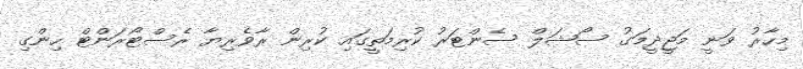
މިހާރު ވަނީ މަޖީދީމަގު ސޯޝަލް ސެންޓަރު ކުރިމަތީގައި ކުރިން ރާވެރިޔާ ރެސްޓޯރަންޓް ހިންގި